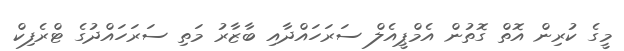
މީގެ ކުރިން އޮތް ގޮތުން އެމްޕީއެލް ސަރަހައްދާއި ބާޒާރު މަތި ސަރަހައްދުގެ ޓްރެފިކް